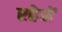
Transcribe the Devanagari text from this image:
रहेनें